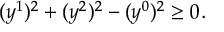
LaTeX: ( y ^ { 1 } ) ^ { 2 } + ( y ^ { 2 } ) ^ { 2 } - ( y ^ { 0 } ) ^ { 2 } \geq 0 .